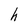
Character: h